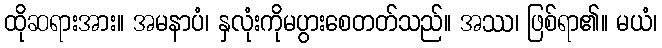
ထိုဆရားအား။ အမနာပံ၊ နှလုံးကိုမပွားစေတတ်သည်။ အဿ၊ ဖြစ်ရာ၏။ မယံ၊